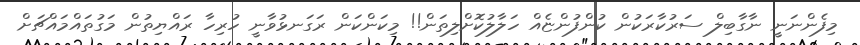
މިފެންނަނީ ނާގާބިލް ސަރުކާރަކުން ކުންފުންޏެއް ހަލާލުކޮށްލިތަން!! މިކަންކަން ރަގަނޅުވާނީ ހުރިހާ ރައްޔިތުން މަގުތައްމައްޗަށް